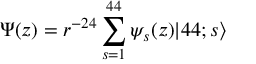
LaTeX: \Psi ( z ) = r ^ { - 2 4 } \sum _ { s = 1 } ^ { 4 4 } \psi _ { s } ( z ) | 4 4 ; s \rangle